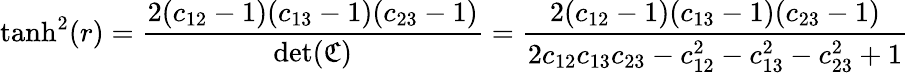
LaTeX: \displaystyle\operatorname{tanh}^{2}(r)=\frac{2(c_{12}-1)(c_{13}-1)(c_{23}-1)}{\operatorname*{det}(\mathfrak{C})}=\frac{2(c_{12}-1)(c_{13}-1)(c_{23}-1)}{2c_{12}c_{13}c_{23}-c_{12}^{2}-c_{13}^{2}-c_{23}^{2}+1}